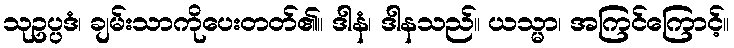
သုဥပ္ပဒံ၊ ချမ်းသာကိုပေးတတ်၏။ ဒါနံ၊ ဒါနသည်။ ယသ္မာ၊ အကြင်ကြောင့်။